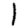
Digit: 1